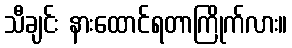
သီချင်း နားထောင်ရတာကြိုက်လား။